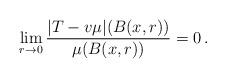
LaTeX: \begin{align*}\lim_{r\to 0} \frac{ |T-v\mu|(B(x,r)) }{ \mu(B(x,r)) }= 0\, .\end{align*}